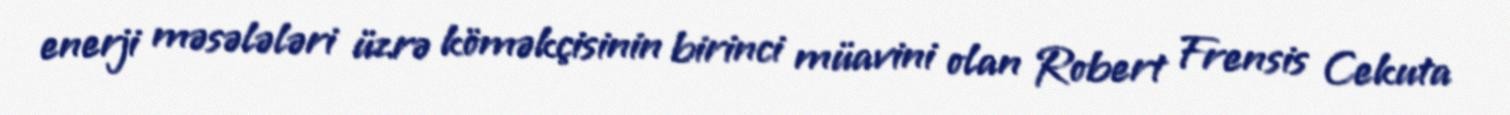
enerji məsələləri üzrə köməkçisinin birinci müavini olan Robert Frensis Cekuta